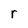
Character: r